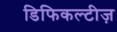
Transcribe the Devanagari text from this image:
डिफिकल्टीज़